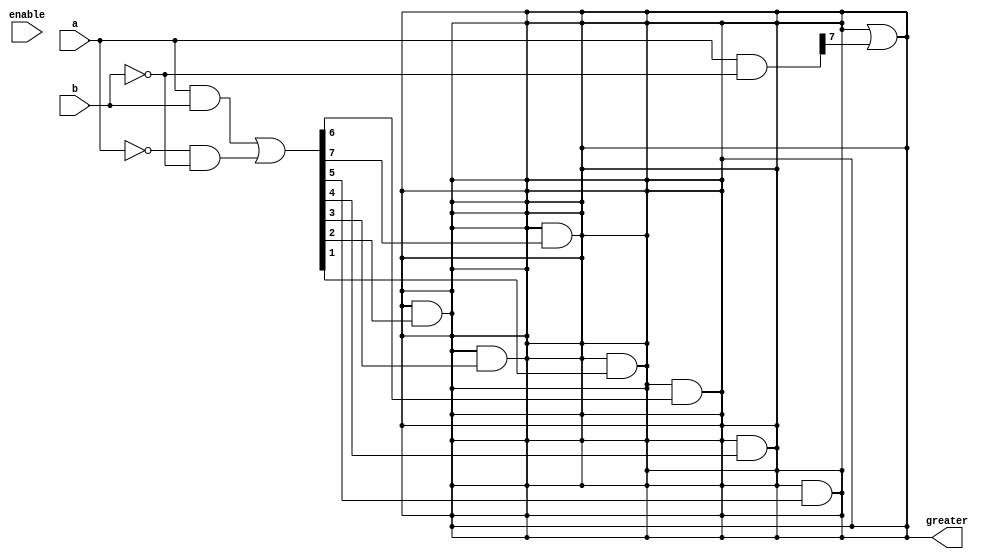
module a_gt_b (
  input[7:0] a,b,
  input enable,
  output greater
  );
wire [7:0] a_x_not_b;
wire [7:0] anb = a & ~b;
wire [7:0] aeqb = (a & b) | (~a & ~b);
wire [7:0] part;

genvar i,j;
assign part[7] = anb[7];
for( i = 6; i > -1; i = i - 1) begin
  assign part[i] = anb[6];
  for (j = 7; j > i; j = j - 1) begin
    assign part[i] = part[i] & aeqb[j];
  end
end
assign greater = part[0];
for (i = 1; i < 8; i = i + 1) begin
  assign greater = greater | part[i];
end
endmodule //a_gt_b